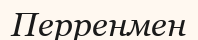
Перренмен